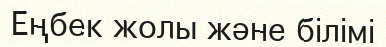
Еңбек жолы және білімі